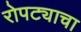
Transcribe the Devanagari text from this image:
रोपट्याचा